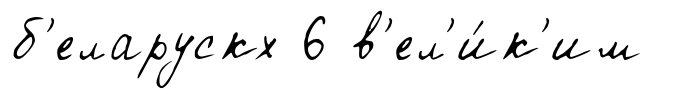
б'еларускх 6 в'ел'и́к'им